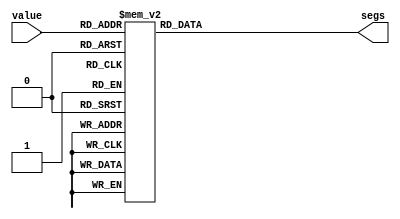
module digit_lut_13 (
    input [3:0] value,
    output reg [7:0] segs
  );
  
  
  
  always @* begin
    
    case (value)
      1'h0: begin
        segs = 7'h3f;
      end
      1'h1: begin
        segs = 7'h06;
      end
      2'h2: begin
        segs = 7'h5b;
      end
      2'h3: begin
        segs = 7'h4f;
      end
      3'h4: begin
        segs = 7'h66;
      end
      3'h5: begin
        segs = 7'h6d;
      end
      3'h6: begin
        segs = 7'h7d;
      end
      3'h7: begin
        segs = 7'h07;
      end
      4'h8: begin
        segs = 7'h7f;
      end
      4'hb: begin
        segs = 7'h77;
      end
      4'hc: begin
        segs = 7'h38;
      end
      4'hd: begin
        segs = 7'h3e;
      end
      4'he: begin
        segs = 7'h7c;
      end
      default: begin
        segs = 7'h00;
      end
    endcase
  end
endmodule